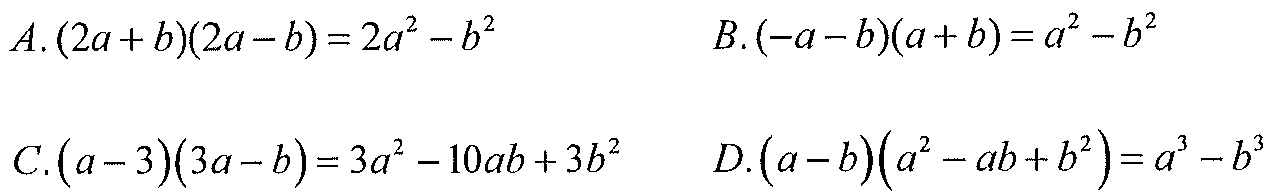
\(A.(2a + b)(2a - b)=2a^{2}-b^{2}\quad B.(-a - b)(a + b)=a^{2}-b^{2}\)
\(C.(a - 3)(3a - b)=3a^{2}-10ab + 3b^{2}\quad D.(a - b)(a^{2}-ab + b^{2})=a^{3}-b^{3}\)